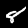
Digit: 8